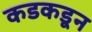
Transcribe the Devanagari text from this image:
कडकडून